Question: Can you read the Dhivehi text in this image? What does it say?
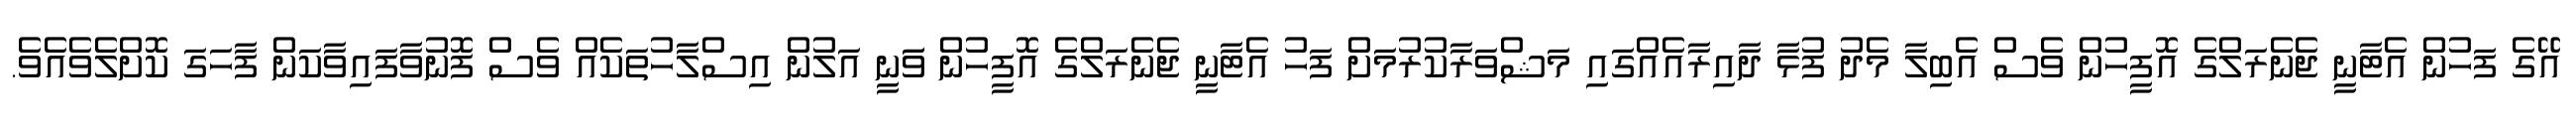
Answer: އޭގެ ފަހުން އެޓާނީ ޖެނެރަލްގެ އޮފީހުން ވެސް އެބިލާ މެދު ފުޅާ ދާއިރާއެއްގައި މަޝްވަރާކުރުމަށް ފަހު އެޓާނީ ޖެނެރަލްގެ އޮފީހުން ވަަނީ އަލުން އިސްލާހުތަކެއް ވެސް ފޮނުވާފައިވާކަން ފާހަގަ ކޮށްލެވެއެވެ.